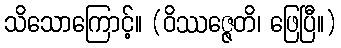
သိသောကြောင့်။ (ဝိဿဇ္ဇေတိ၊ ဖြေပြီ။)